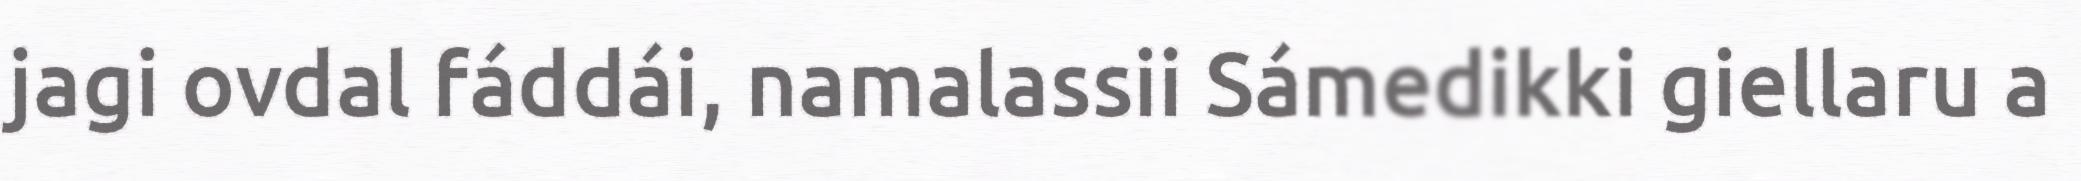
jagi ovdal fáddái, namalassii Sámedikki giellaru a